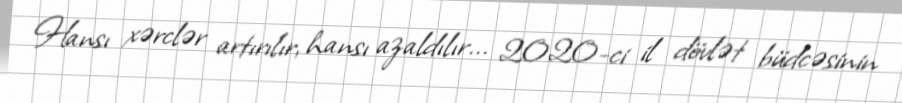
Hansı xərclər artırılır, hansı azaldılır... 2020-ci il dövlət büdcəsinin